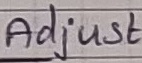
Text: Adjust